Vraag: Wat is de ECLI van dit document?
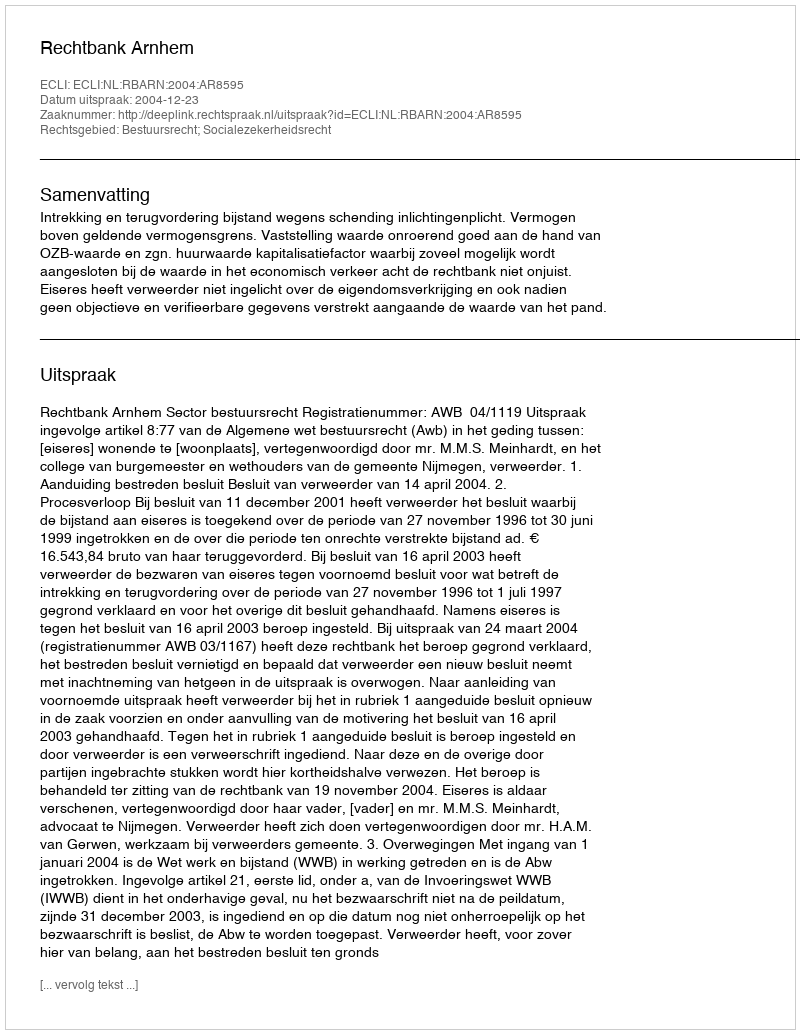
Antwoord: ECLI:NL:RBARN:2004:AR8595